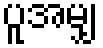
ပူအမျှ